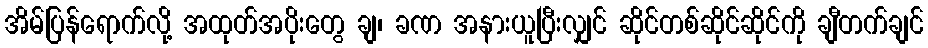
အိမ်ပြန်ရောက်လို့ အထုတ်အပိုးတွေ ချ၊ ခဏ အနားယူပြီးလျှင် ဆိုင်တစ်ဆိုင်ဆိုင်ကို ချီတက်ချင်